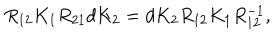
LaTeX: R _ { 1 2 } K _ { 1 } R _ { 2 1 } d K _ { 2 } = d K _ { 2 } R _ { 1 2 } K _ { 1 } R _ { 1 2 } ^ { - 1 } ,